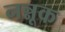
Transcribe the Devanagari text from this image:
नन्नूक